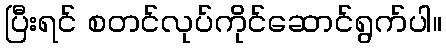
ပြီးရင် စတင်လုပ်ကိုင်ဆောင်ရွက်ပါ။